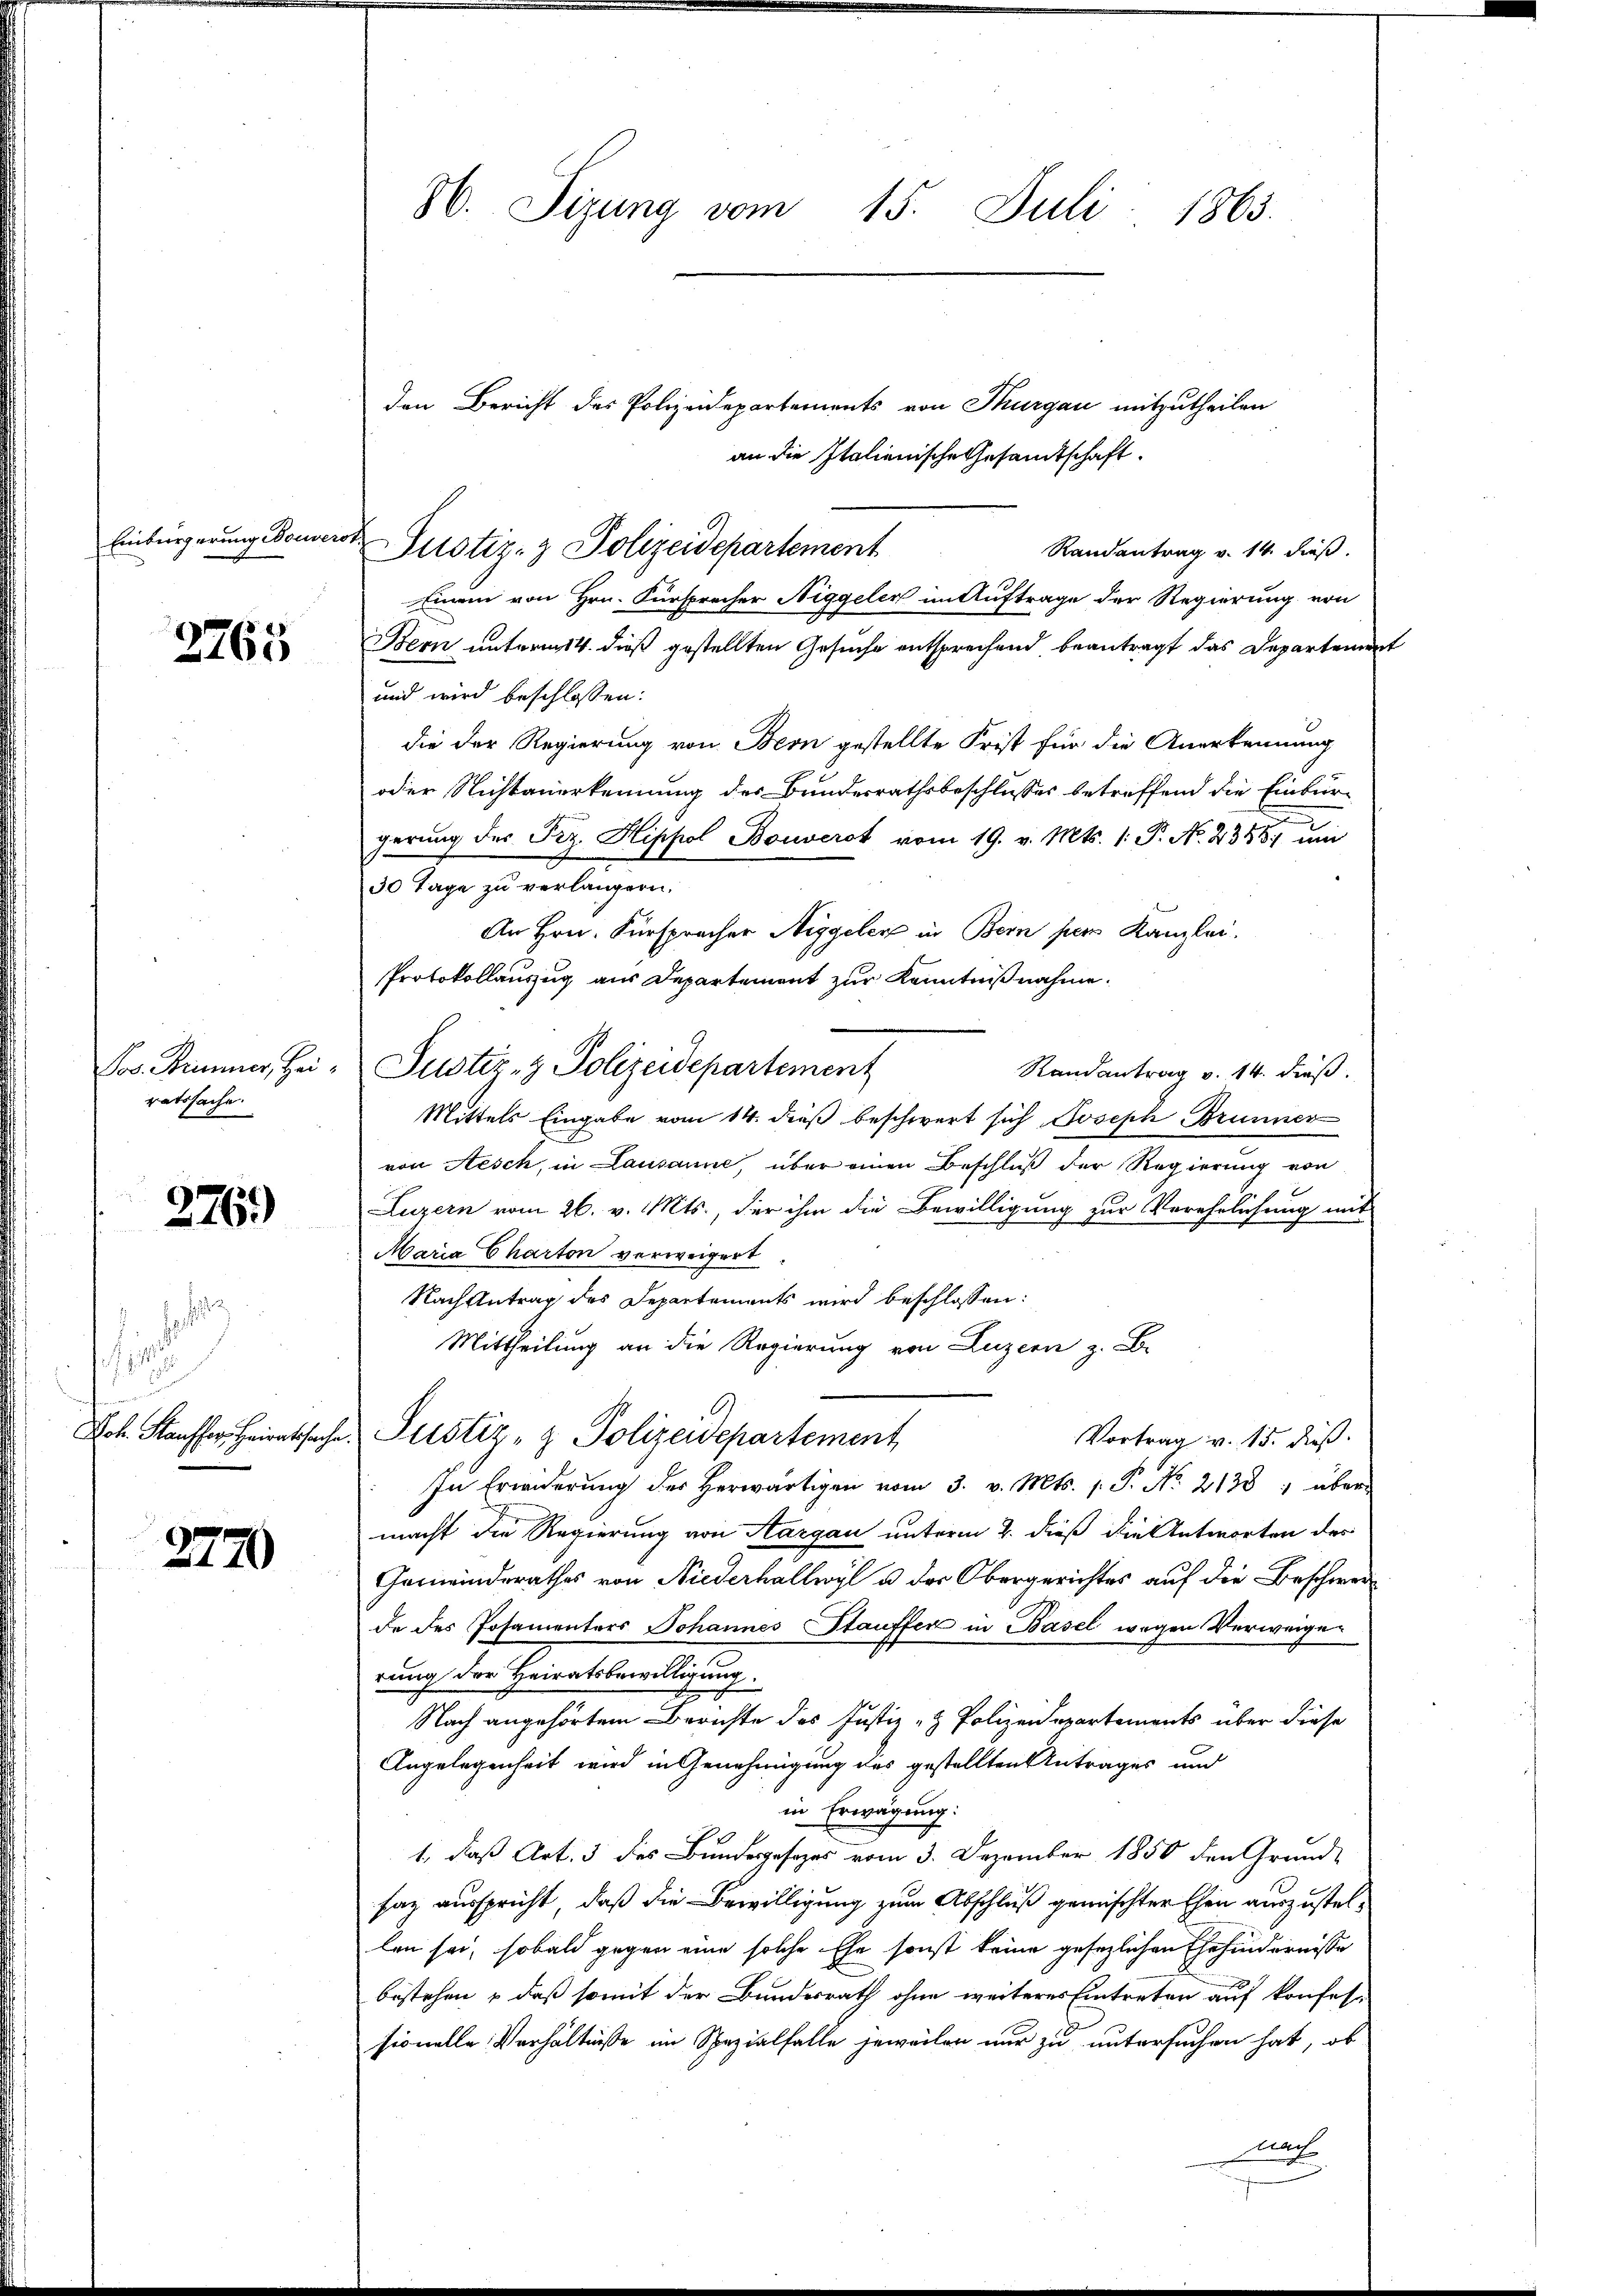
Einbürgerung Bouver

)
165

Jos. Stimmer, Heiratssache.

276)

d. Hat

Joh. Stauffer, Heiratsache.

2770

86. Sizung vom 15. Juli 1863.

den Bericht des Polizeidepartements von Thurgau mitzutheilen
an die Italienische Gesamtschaft.
Randantrag v. 14. dieß.
Einem von Hrn. Fürsprecher Niggeler im Auftrage der Regierung von
Bern unterm 14. dieß gestellten Gesuche entsprechend beantragt das Departement
und wird beschlossen:
die der Regierung von Bern gestellte Frist für die Anerkennung
oder Nichtanerkennung des Bundesrathsbeschlusses betreffend die Einbür-
gerung der Frz. Hippol Bouverst vom 19. v. Mts. 1. P. No. 2388 un
30 Tage zu verlängern.
An Hrn. Fürspracher Niggeler in Bern per Kanzlei.
Protokollauszug aus Departement zur Kenntnißnahme.
Randantrag v. 14. dieß.
Mittels Eingabe vom 14. dieß beschwert sich Joseph Brunner
von Aesch, in Lausanne, über einen Beschluß der Regierung von
Luzern vom 26. v. Mts., der ihm die Bewilligung zur Verehelichung mit
Maria Charton verweigert
Nach Antrag des Departements wird beschlossen:
Mittheilung an die Regierung von Luzern z. B.
Justiz- & Polizeidepartement
Vortrag v. 15. dieß.
In Erwiderung des herwärtigen vom 3. v. Mts. s. S. No. 2133; über-
macht die Regierung von Aargau unterm 2. dieß die Antworten des
Gemeinderathes von Niederhallwyl u. des Obergerichtes auf die Beschwerde des Posamenters Johannes Stauffer in Basel wegen Verweigen
rung der Heiratsbewilligung.
Nach angehörtem Berichte des Justiz- & Polizeidepartements über diese
Angelegenheit wird in Genehmigung des gestellten Antrages und
in Erwägung:
1, daß Art. 3 des Bundesgesetzes vom 3. Dezember 1850 den Grund-
saz ausspricht, daß die Bewilligung zum Abschluß gemischter Ehen auszustellen sei, sobald gegen eine solche Ehe sonst keine gesezlichen Ehehindernisse
bestehen, daß somit der Bundesrath ohne weiteres Eintreten auf konfes-
sionelle Verhältnisse im Spezialfalle jeweilen nur zu untersuchen hat, ob
nach

ch
Justiz- & Polizeidepartement

Justiz- & Polizeidepartement